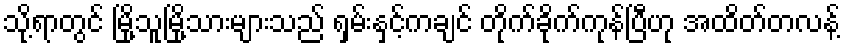
သို့ရာတွင် မြို့သူမြို့သားများသည် ရှမ်းနှင့်ကချင် တိုက်ခိုက်ကုန်ပြီဟု အထိတ်တလန့်